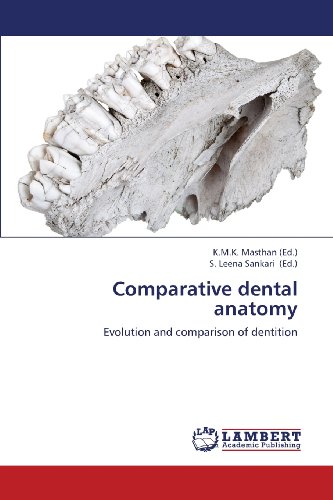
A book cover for Comparative dental anatomy: Evolution and comparison of dentition; Medical Books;